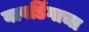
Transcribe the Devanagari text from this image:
वावडिंगाचा